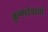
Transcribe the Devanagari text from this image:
कृष्णदेवार्या